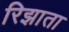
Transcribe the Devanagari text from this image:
रिझाता